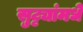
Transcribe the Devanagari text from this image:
सुट्ट्यांमधे